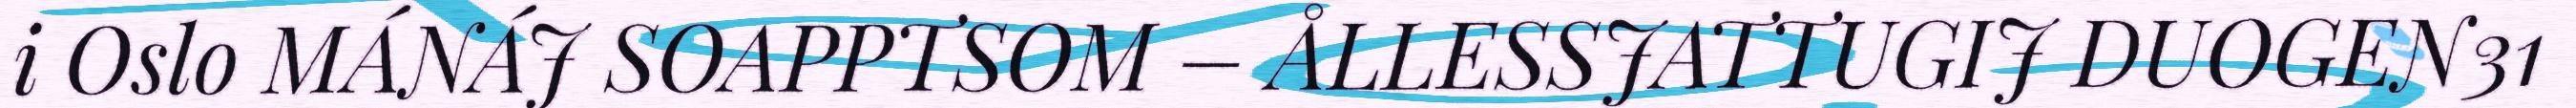
i Oslo MÁNÁJ SOAPPTSOM – ÅLLESSJATTUGIJ DUOGEN31